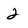
Character: 2